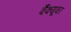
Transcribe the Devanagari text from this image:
वैंक्यूवर